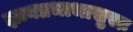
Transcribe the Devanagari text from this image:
ज्ञानप्रभाभासुराः